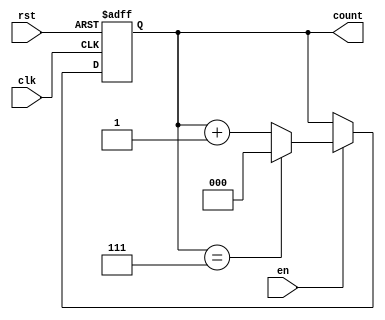
module modulus_counter #(
    parameter N = 8  // Configurable modulus value (default is 8)
)(
    input wire clk,     // Clock signal
    input wire rst,     // Asynchronous reset signal (active high)
    input wire en,      // Enable signal
    output reg [clog2(N)-1:0] count  // Current count value
);

// Function to calculate the ceiling of log2(N)
function integer clog2;
    input integer value;
    begin
        value = value - 1;
        for (clog2 = 0; value > 0; clog2 = clog2 + 1)
            value = value >> 1;
    end
endfunction

// Always block triggered on the rising edge of the clock
always @(posedge clk or posedge rst) begin
    if (rst) begin
        count <= 0;  // Reset the counter to 0
    end else if (en) begin
        if (count == (N - 1)) begin
            count <= 0;  // Wrap around to 0 when reaching modulus
        end else begin
            count <= count + 1;  // Increment the counter
        end
    end
end

endmodule